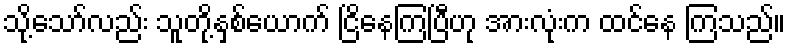
သို့သော်လည်း သူတို့နှစ်ယောက် ငြိနေကြပြီဟု အားလုံးက ထင်နေ ကြသည်။